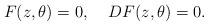
LaTeX: \begin{align*}F(z,\theta) = 0, \;\;\;\; DF(z,\theta) = 0.\end{align*}